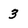
Character: 3